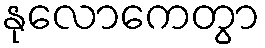
နုလောကေတွာ